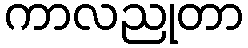
ကာလညုတာ